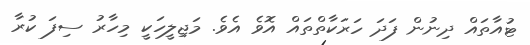
ޓުއާތައް ދިނުން ފަދަ ހަރަކާތްތައް އޮވެ އެވެ. މަޖިލީހަކީ މިހާރު ސިފަ ކުރާ